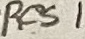
Text: Res1